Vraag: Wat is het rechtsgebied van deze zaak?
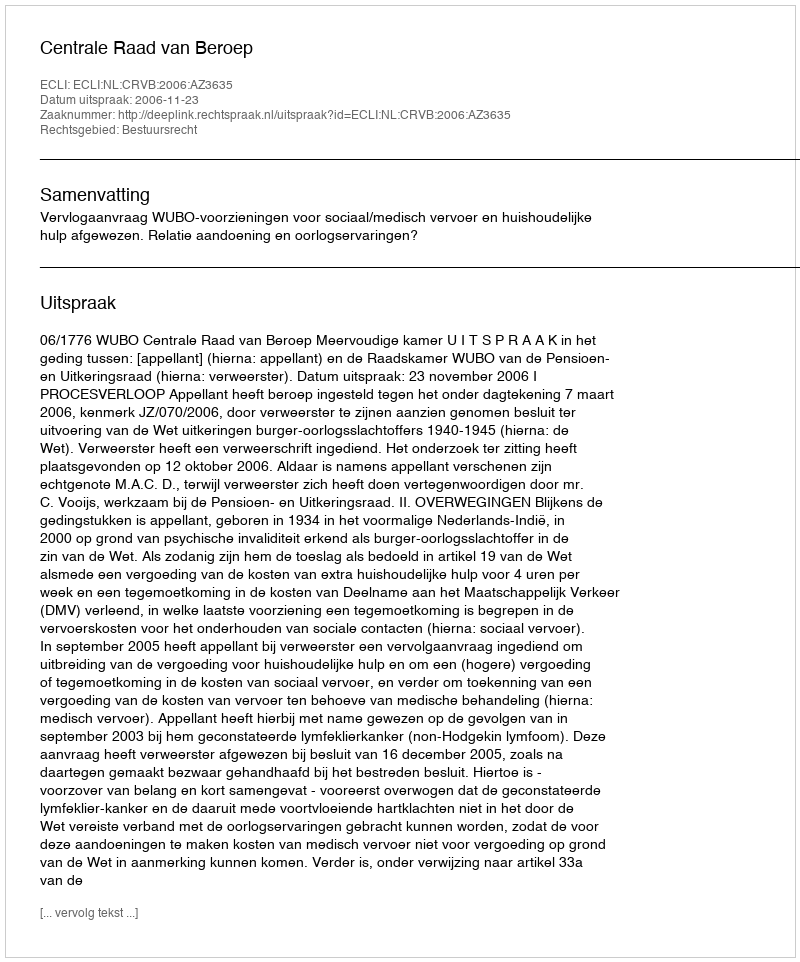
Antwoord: Bestuursrecht